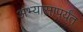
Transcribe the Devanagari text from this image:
अभ्यासापर्यंत